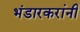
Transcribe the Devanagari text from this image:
भंडारकरांनी